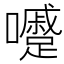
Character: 𡄱